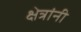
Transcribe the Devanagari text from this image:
क्षेत्रांनी